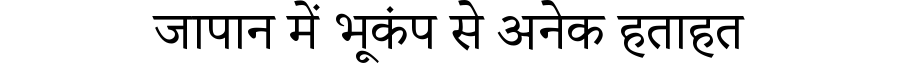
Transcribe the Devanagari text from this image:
जापान में भूकंप से अनेक हताहत